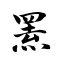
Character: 罴